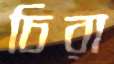
চিরা